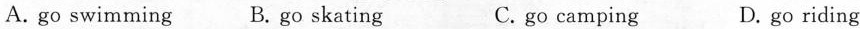
A. go swimming B. go skating C. go camping D. go riding